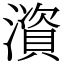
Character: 澬